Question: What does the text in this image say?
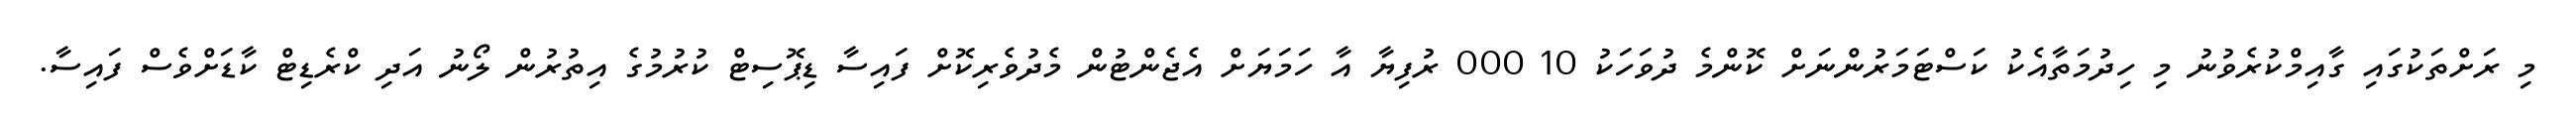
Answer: މި ރަށްތަކުގައި ގާއިމްކުރެވުނު މި ހިދުމަތާއެކު ކަސްޓަމަރުންނަށް ކޮންމެ ދުވަހަކު 10 000 ރުފިޔާ އާ ހަމަޔަށް އެޖެންޓުން މެދުވެރިކޮށް ފައިސާ ޑިޕޮސިޓް ކުރުމުގެ އިތުރުން ލޯނު އަދި ކްރެޑިޓް ކާޑަށްވެސް ފައިސާ.